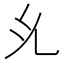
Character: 𭀗